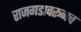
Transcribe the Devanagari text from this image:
राजगडावरूनच